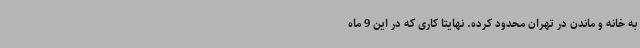
به خانه و ماندن در تهران محدود کرده. نهایتاً کاری که در این 9 ماه